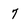
Character: 7